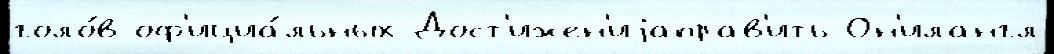
голо́в оф'ициа́льных Дост'ижен'иjаправ'ить Он'илангл